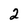
Character: 2